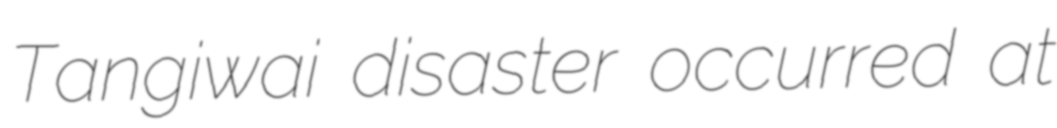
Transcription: Tangiwai disaster occurred at